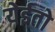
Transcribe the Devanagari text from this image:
येईतो